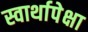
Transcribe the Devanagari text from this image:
स्वार्थापेक्षा